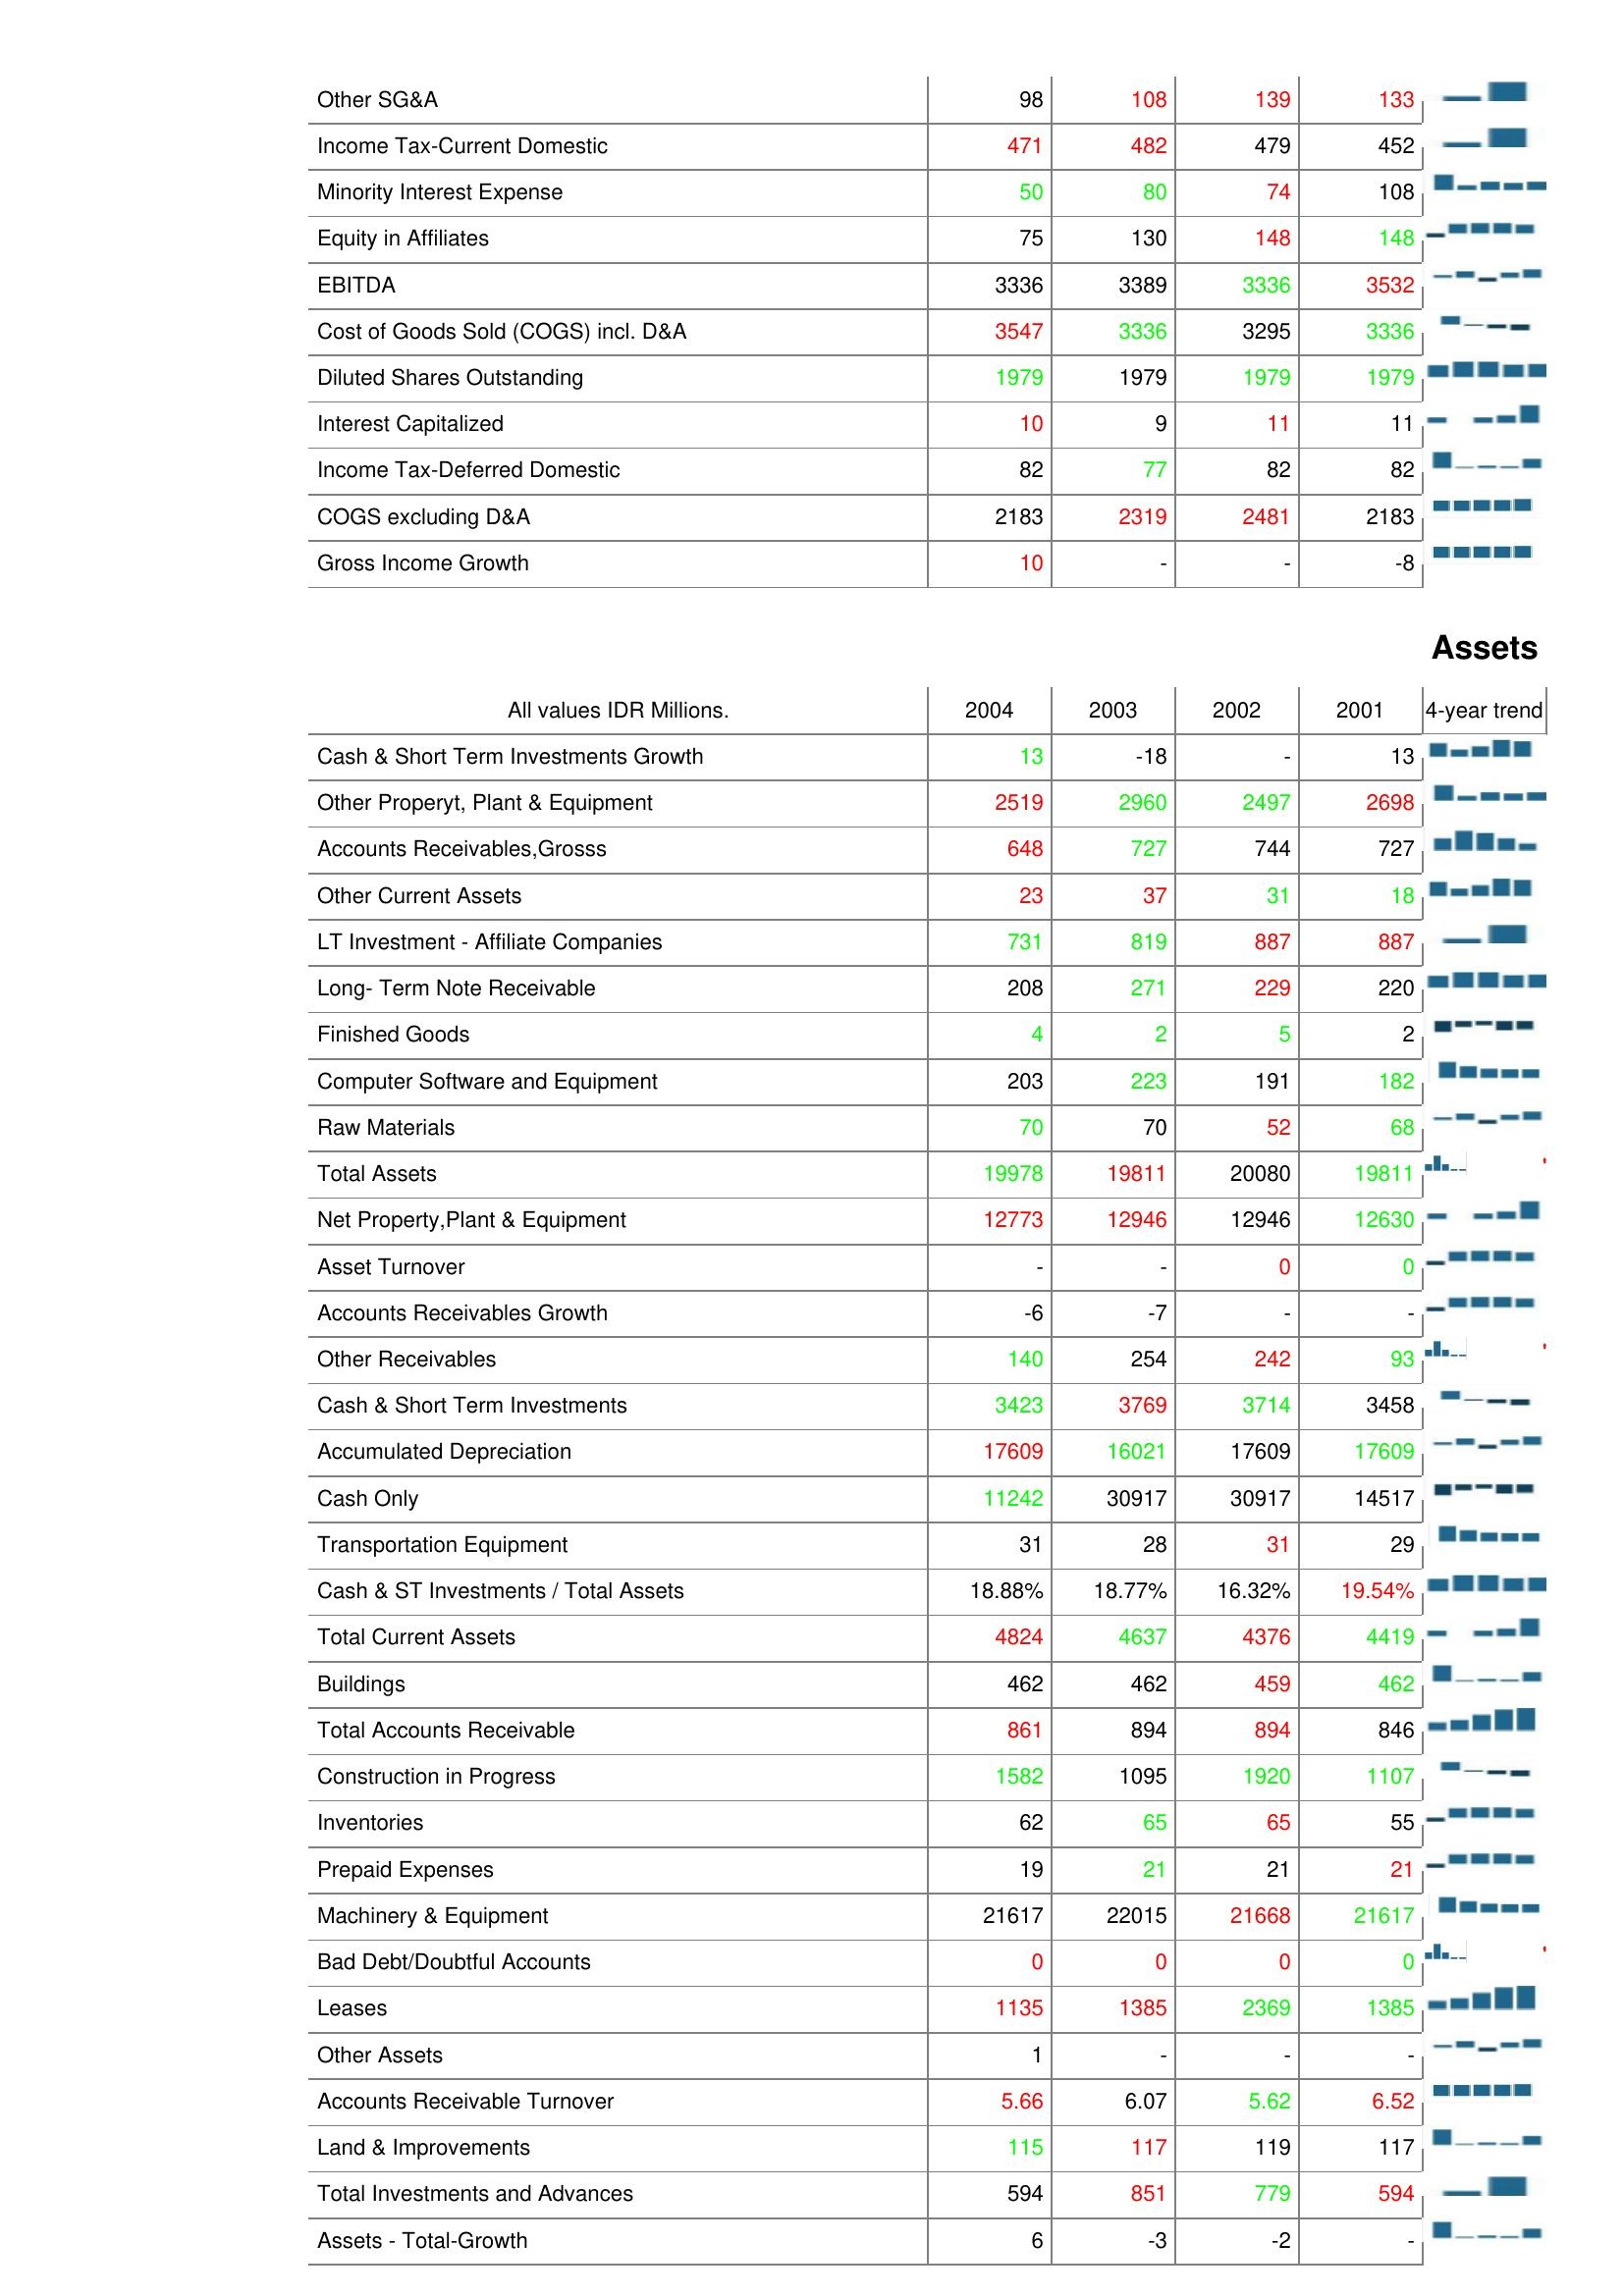
2004: : Other SG&A: 98
Income Tax-Current Domestic: 471
Minority Interest Expense: 50
Equity in Affiliates: 75
EBITDA: 3336
Cost of Goods Sold (COGS) incl. D&A: 3547
Diluted Shares Outstanding: 1979
Interest Capitalized: 10
Income Tax-Deferred Domestic: 82
COGS excluding D&A: 2183
Gross Income Growth: 10
Assets: Cash & Short Term Investments Growth: 13
Other Properyt, Plant & Equipment: 2519
Accounts Receivables,Grosss: 648
Other Current Assets: 23
LT Investment - Affiliate Companies: 731
Long- Term Note Receivable: 208
Finished Goods: 4
Computer Software and Equipment: 203
Raw Materials: 70
Total Assets: 19978
Net Property,Plant & Equipment: 12773
Asset Turnover: -
Accounts Receivables Growth: -6
Other Receivables: 140
Cash & Short Term Investments: 3423
Accumulated Depreciation: 17609
Cash Only: 11242
Transportation Equipment: 31
Cash & ST Investments / Total Assets: 18.88%
Total Current Assets: 4824
Buildings: 462
Total Accounts Receivable: 861
Construction in Progress: 1582
Inventories: 62
Prepaid Expenses: 19
Machinery & Equipment: 21617
Bad Debt/Doubtful Accounts: 0
Leases: 1135
Other Assets: 1
Accounts Receivable Turnover: 5.66
Land & Improvements: 115
Total Investments and Advances: 594
Assets - Total-Growth: 6
2003: : Other SG&A: 108
Income Tax-Current Domestic: 482
Minority Interest Expense: 80
Equity in Affiliates: 130
EBITDA: 3389
Cost of Goods Sold (COGS) incl. D&A: 3336
Diluted Shares Outstanding: 1979
Interest Capitalized: 9
Income Tax-Deferred Domestic: 77
COGS excluding D&A: 2319
Gross Income Growth: -
Assets: Cash & Short Term Investments Growth: -18
Other Properyt, Plant & Equipment: 2960
Accounts Receivables,Grosss: 727
Other Current Assets: 37
LT Investment - Affiliate Companies: 819
Long- Term Note Receivable: 271
Finished Goods: 2
Computer Software and Equipment: 223
Raw Materials: 70
Total Assets: 19811
Net Property,Plant & Equipment: 12946
Asset Turnover: -
Accounts Receivables Growth: -7
Other Receivables: 254
Cash & Short Term Investments: 3769
Accumulated Depreciation: 16021
Cash Only: 30917
Transportation Equipment: 28
Cash & ST Investments / Total Assets: 18.77%
Total Current Assets: 4637
Buildings: 462
Total Accounts Receivable: 894
Construction in Progress: 1095
Inventories: 65
Prepaid Expenses: 21
Machinery & Equipment: 22015
Bad Debt/Doubtful Accounts: 0
Leases: 1385
Other Assets: -
Accounts Receivable Turnover: 6.07
Land & Improvements: 117
Total Investments and Advances: 851
Assets - Total-Growth: -3
2002: : Other SG&A: 139
Income Tax-Current Domestic: 479
Minority Interest Expense: 74
Equity in Affiliates: 148
EBITDA: 3336
Cost of Goods Sold (COGS) incl. D&A: 3295
Diluted Shares Outstanding: 1979
Interest Capitalized: 11
Income Tax-Deferred Domestic: 82
COGS excluding D&A: 2481
Gross Income Growth: -
Assets: Cash & Short Term Investments Growth: -
Other Properyt, Plant & Equipment: 2497
Accounts Receivables,Grosss: 744
Other Current Assets: 31
LT Investment - Affiliate Companies: 887
Long- Term Note Receivable: 229
Finished Goods: 5
Computer Software and Equipment: 191
Raw Materials: 52
Total Assets: 20080
Net Property,Plant & Equipment: 12946
Asset Turnover: 0
Accounts Receivables Growth: -
Other Receivables: 242
Cash & Short Term Investments: 3714
Accumulated Depreciation: 17609
Cash Only: 30917
Transportation Equipment: 31
Cash & ST Investments / Total Assets: 16.32%
Total Current Assets: 4376
Buildings: 459
Total Accounts Receivable: 894
Construction in Progress: 1920
Inventories: 65
Prepaid Expenses: 21
Machinery & Equipment: 21668
Bad Debt/Doubtful Accounts: 0
Leases: 2369
Other Assets: -
Accounts Receivable Turnover: 5.62
Land & Improvements: 119
Total Investments and Advances: 779
Assets - Total-Growth: -2
2001: : Other SG&A: 133
Income Tax-Current Domestic: 452
Minority Interest Expense: 108
Equity in Affiliates: 148
EBITDA: 3532
Cost of Goods Sold (COGS) incl. D&A: 3336
Diluted Shares Outstanding: 1979
Interest Capitalized: 11
Income Tax-Deferred Domestic: 82
COGS excluding D&A: 2183
Gross Income Growth: -8
Assets: Cash & Short Term Investments Growth: 13
Other Properyt, Plant & Equipment: 2698
Accounts Receivables,Grosss: 727
Other Current Assets: 18
LT Investment - Affiliate Companies: 887
Long- Term Note Receivable: 220
Finished Goods: 2
Computer Software and Equipment: 182
Raw Materials: 68
Total Assets: 19811
Net Property,Plant & Equipment: 12630
Asset Turnover: 0
Accounts Receivables Growth: -
Other Receivables: 93
Cash & Short Term Investments: 3458
Accumulated Depreciation: 17609
Cash Only: 14517
Transportation Equipment: 29
Cash & ST Investments / Total Assets: 19.54%
Total Current Assets: 4419
Buildings: 462
Total Accounts Receivable: 846
Construction in Progress: 1107
Inventories: 55
Prepaid Expenses: 21
Machinery & Equipment: 21617
Bad Debt/Doubtful Accounts: 0
Leases: 1385
Other Assets: -
Accounts Receivable Turnover: 6.52
Land & Improvements: 117
Total Investments and Advances: 594
Assets - Total-Growth: -